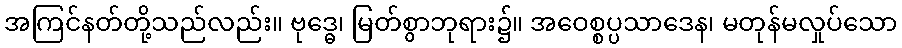
အကြင်နတ်တို့သည်လည်း။ ဗုဒ္ဓေ၊ မြတ်စွာဘုရား၌။ အဝေစ္စပ္ပသာဒေန၊ မတုန်မလှုပ်သော